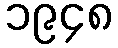
၁၉၄၈